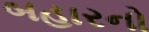
બહારનો